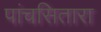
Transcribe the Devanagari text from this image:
पांचसितारा